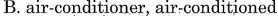
B.air-conditioner, air-conditioned